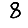
Digit: 8